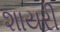
શાયરી